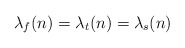
\begin{align*} \lambda_{f}(n) = \lambda_t(n) = \lambda_s(n)\end{align*}